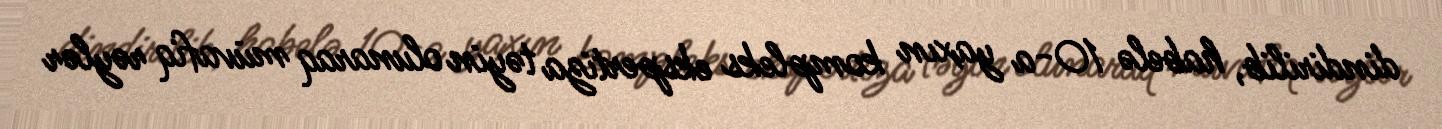
dindirilib, habelə 10-a yaxın kompleks ekspertiza təyin olunaraq müvafiq rəylər